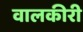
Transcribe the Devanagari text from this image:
वालकीरी